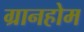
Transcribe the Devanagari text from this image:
ग्रानहोम